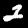
Digit: 2